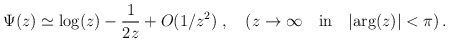
\begin{align*} \Psi(z) \simeq \mbox{log}(z) - \frac{1}{2z} + O(1/z^2) \; , \quad (z \rightarrow \infty \quad \mbox{in} \quad \vert\mbox{arg}(z) \vert < \pi) \,.\end{align*}